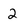
Character: 2